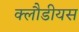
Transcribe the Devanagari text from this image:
क्लौडीयस